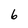
Character: 6